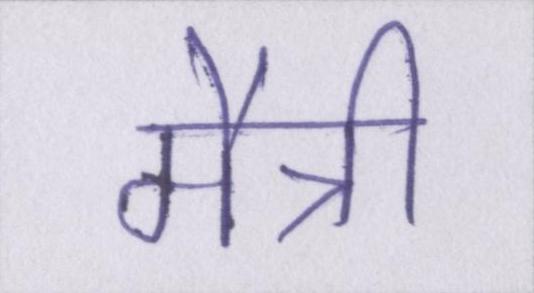
मैत्री